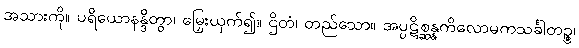
အသားကို။ ပရိယောနန္ဒိတွာ၊ မြှေးယှက်၍။ ဌိတံ၊ တည်သော။ အပ္ပဋိစ္ဆန္နကိလောမကသင်္ခါတဉ္စ၊